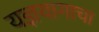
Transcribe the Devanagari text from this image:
यज्ञयागाचा